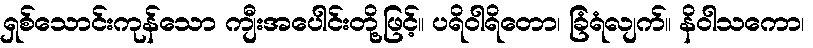
ရှစ်သောင်းကုန်သော ကျီးအပေါင်းတို့ဖြင့်။ ပရိဝါရိတော၊ ခြံရံလျက်။ နိဝါသကော၊